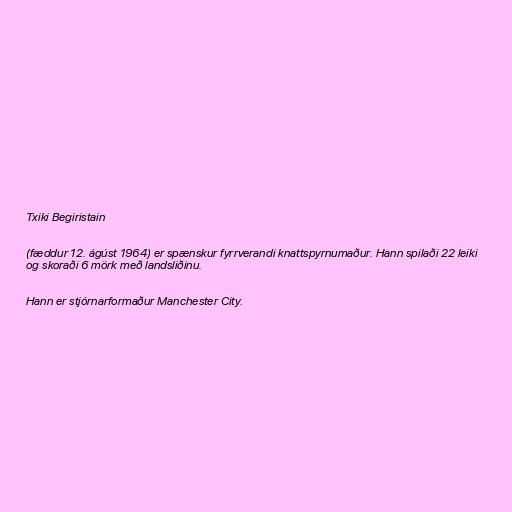
Txiki Begiristain

(fæddur 12. ágúst 1964) er spænskur fyrrverandi knattspyrnumaður. Hann spilaði 22 leiki
og skoraði 6 mörk með landsliðinu.

Hann er stjórnarformaður Manchester City.